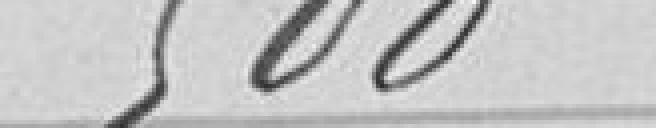
500